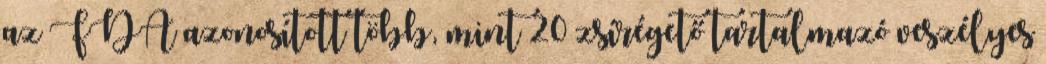
az FDA azonosított több, mint 20 zsírégető tartalmazó veszélyes